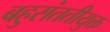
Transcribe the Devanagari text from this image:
बहुसंततीयुक्त